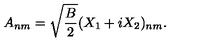
A _ { n m } = \sqrt { \frac { B } { 2 } } ( X _ { 1 } + i X _ { 2 } ) _ { n m } .